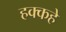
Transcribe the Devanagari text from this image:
हक्कहे